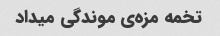
تخمه مزه‌ی موندگی میداد